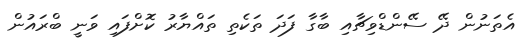
އެތަނުން ދޭ ސޭންޑްވިޗާއި ބާގާ ފަދަ ތަކެތި ތައްޔާރު ކޮށްފައި ވަނީ ބްރައުން